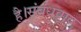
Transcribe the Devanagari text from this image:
है।संबंधवाद